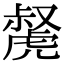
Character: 𧇝